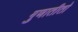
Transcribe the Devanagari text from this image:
गुणातीतो